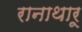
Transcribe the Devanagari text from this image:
रानाथारू